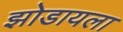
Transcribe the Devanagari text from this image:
झोडायला